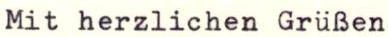
Mit herzlichen Grüßen